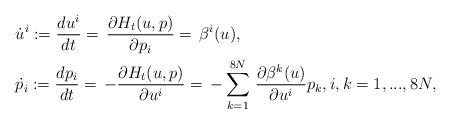
LaTeX: \begin{align*}&\dot{u}^i :=\frac{d u^i}{d t}=\,\frac{\partial H_t(u,p)}{\partial p_i}=\,\beta^i(u),\\ &\dot{p}_i:=\frac{d p_i}{d t}=\,-\frac{\partial H_t(u,p)}{\partial u^i}=\,-\sum^{8N}_{k=1}\,\frac{\partial \beta^k(u)}{\partial u^i}p_k,i,k=1,...,8N,\end{align*}